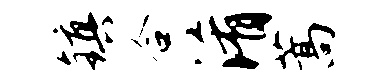
镇合淆蒿